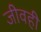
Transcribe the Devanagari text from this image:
जीवही